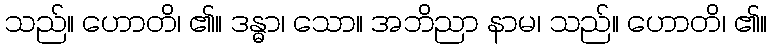
သည်။ ဟောတိ၊ ၏။ ဒန္ဓာ၊ သော။ အဘိညာ နာမ၊ သည်။ ဟောတိ၊ ၏။